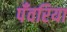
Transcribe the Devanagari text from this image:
पँवरिया